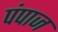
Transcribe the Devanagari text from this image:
पंपाज